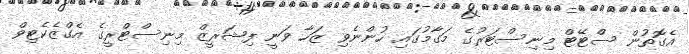
އެގޮތުން ސްޓޭޓް މިނިސްޓަރުގެ މަގާމުގައި ހުންނެވި ޒަހާ ވަނީ ފިޝަރީޒް މިނިސްޓްރީގެ އެގްޒެކެޓިވް